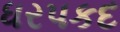
ધરપકદ